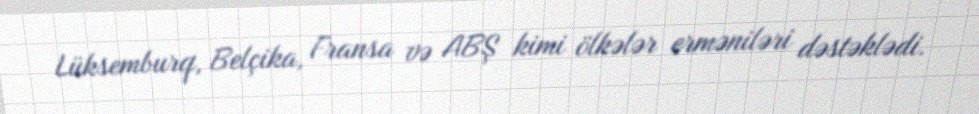
Lüksemburq, Belçika, Fransa və ABŞ kimi ölkələr erməniləri dəstəklədi.